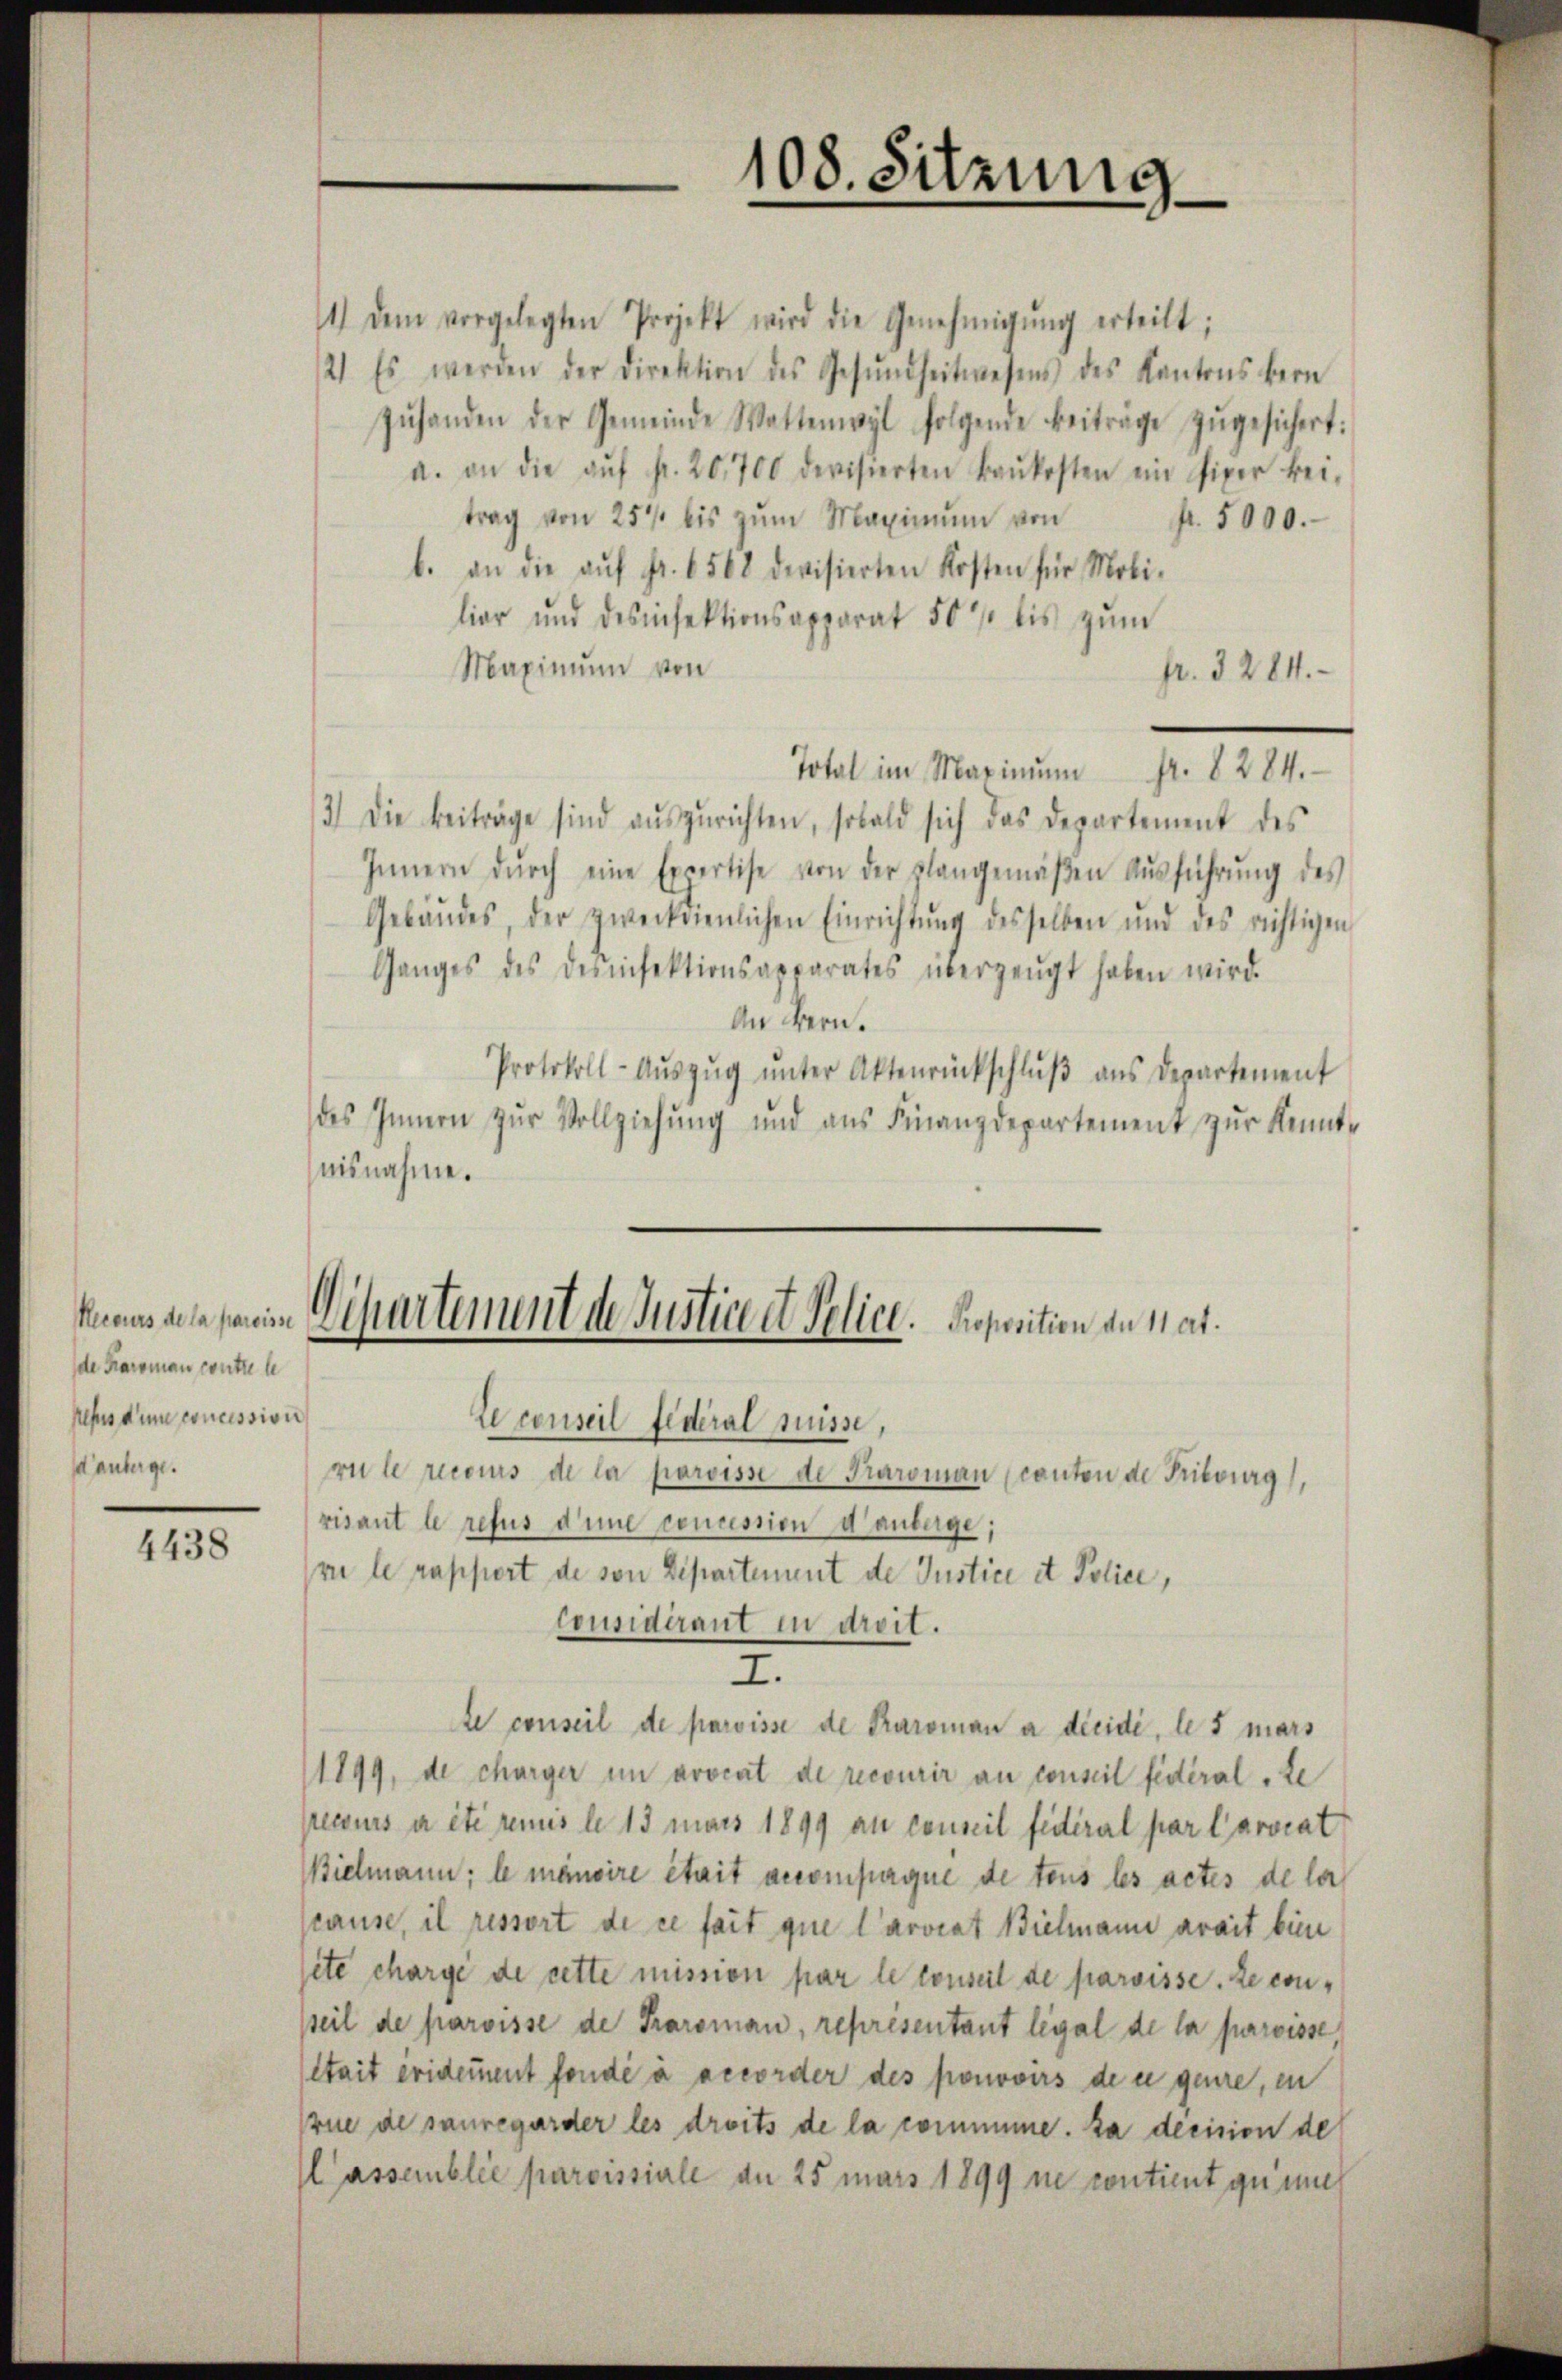
de Karoman contre le
Jesus dem concession
danberge.

4438

108. Sitzung

knaus dete sein Departement de Justice et Police. Proposition an hat.

Le conseil Federal Suisse,
rule recours de la paroisse de Paroman canton de Fribourg,
visant le refus d’une concession d anberge;
vie le rappiert de von Departement de Justice et Police,
Considérant in droit.
I.
te conseil de paroisse de Paroman a dicidi, les mars
1899, de charger in avocat de recourir an conseil fédéral, te
pecours a été remis le 15 mars 1899 an conseil fédéral par Carorat
Bielmann; le mensire était accompagne de tous les actes de la
stause, il ressort de ce fait que Carorat Bielmann arait bin
site charge de cette mission par le conseil de paroisse. Le conseil de paroisse de Paroman, représentant legal de la paroisse,
tait eridement fondé à accorder des promovirs de er geure, in
rue de sauregarder les droits de la comine. Da decision de
lassemblée paroissiale an 25 mars 1899 ne contient gummer

1) dem vorgelegten Projekt wird die Genehmigŭng erteilt;
2) Es werden der Direktion des Gesŭndheitwesens des Kantons bern
zŭhanden der Gemeinde Wattenwyl folgende Beiträge zŭgesichert:
a. an die aŭf fr. 20,700 devisierten Baŭkosten ein Piper kei-
trag von 25 bis zŭm Maximŭm von
fr. 5000.
b. an die aŭf fr. 6568 devisierten Kosten für Mobi-
lior und desinfektionsapparat 50 bis zŭm
Maximum von
fr. 3284.
Total im Maximŭm fr. 8284.
3) Die Beiträge sind aŭszŭrichten, sobald sich das Departement des
Innern dŭrch eine Expertise von der plangemäβen Aŭsführŭng des
Gebäudes, der zweckdienlichen Einrichtŭng desselben und des richtigen
Ganges des Desinfektionsapparates überzeugt haben wird.
An Bern.
Protokoll-Aŭszŭg ŭnter Aktenrückschlŭβ ans Departement
des Innern zŭr Vollziehŭng und aŭs Finanzdepartement zŭr Kennt-
aisnahme.